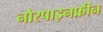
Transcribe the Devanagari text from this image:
नोरपाइनफ्रीन